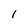
Character: I